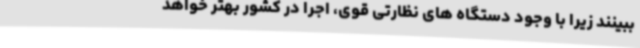
ببینند زیرا با وجود دستگاه های نظارتی قوی، اجرا در کشور بهتر خواهد